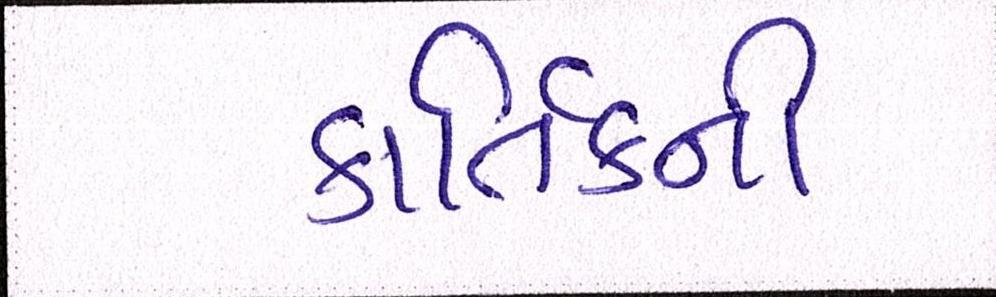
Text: કાર્તિકની